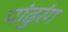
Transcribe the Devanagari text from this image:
पांढुरंग